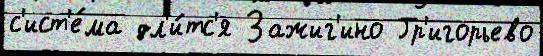
с'ист'е́ма дл'и́тс'я Зажиг'ино Гр'игорьево